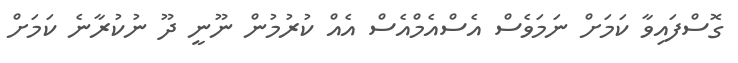
ގޮސްފައިވާ ކަމަށް ނަމަވެސް އެސްއެމްއެސް އެއް ކުރުމުން ނޫނީ ދޫ ނުކުރާނެ ކަމަށް